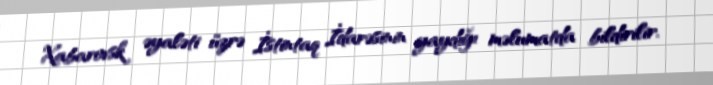
Xabarovsk əyaləti üzrə İstintaq İdarəsinin yaydığı məlumatda bildirilir.